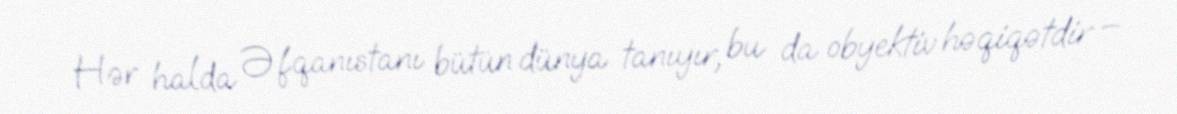
Hər halda Əfqanıstanı bütün dünya tanıyır, bu da obyektiv həqiqətdir –